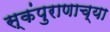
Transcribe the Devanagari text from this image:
स्कंपुराणाच्या